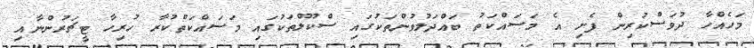
މަހެއްހާ ދުވަސްކުރިން ފެށި އެ މަސައްކަތު ބައްދަލުވުންތަކުގައި ސްކޫލްތަކުގައި މަސައްކަތްކުރާ ހުރިހާ ޓީޗަރުންނާއި